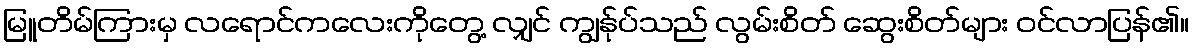
မြူတိမ်ကြားမှ လရောင်ကလေးကိုတွေ့ လျှင် ကျွန်ုပ်သည် လွမ်းစိတ် ဆွေးစိတ်များ ဝင်လာပြန်၏။